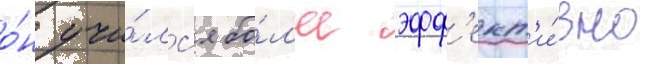
о́н учи́лс'я бо́л'ее эфф'ект'и́вно